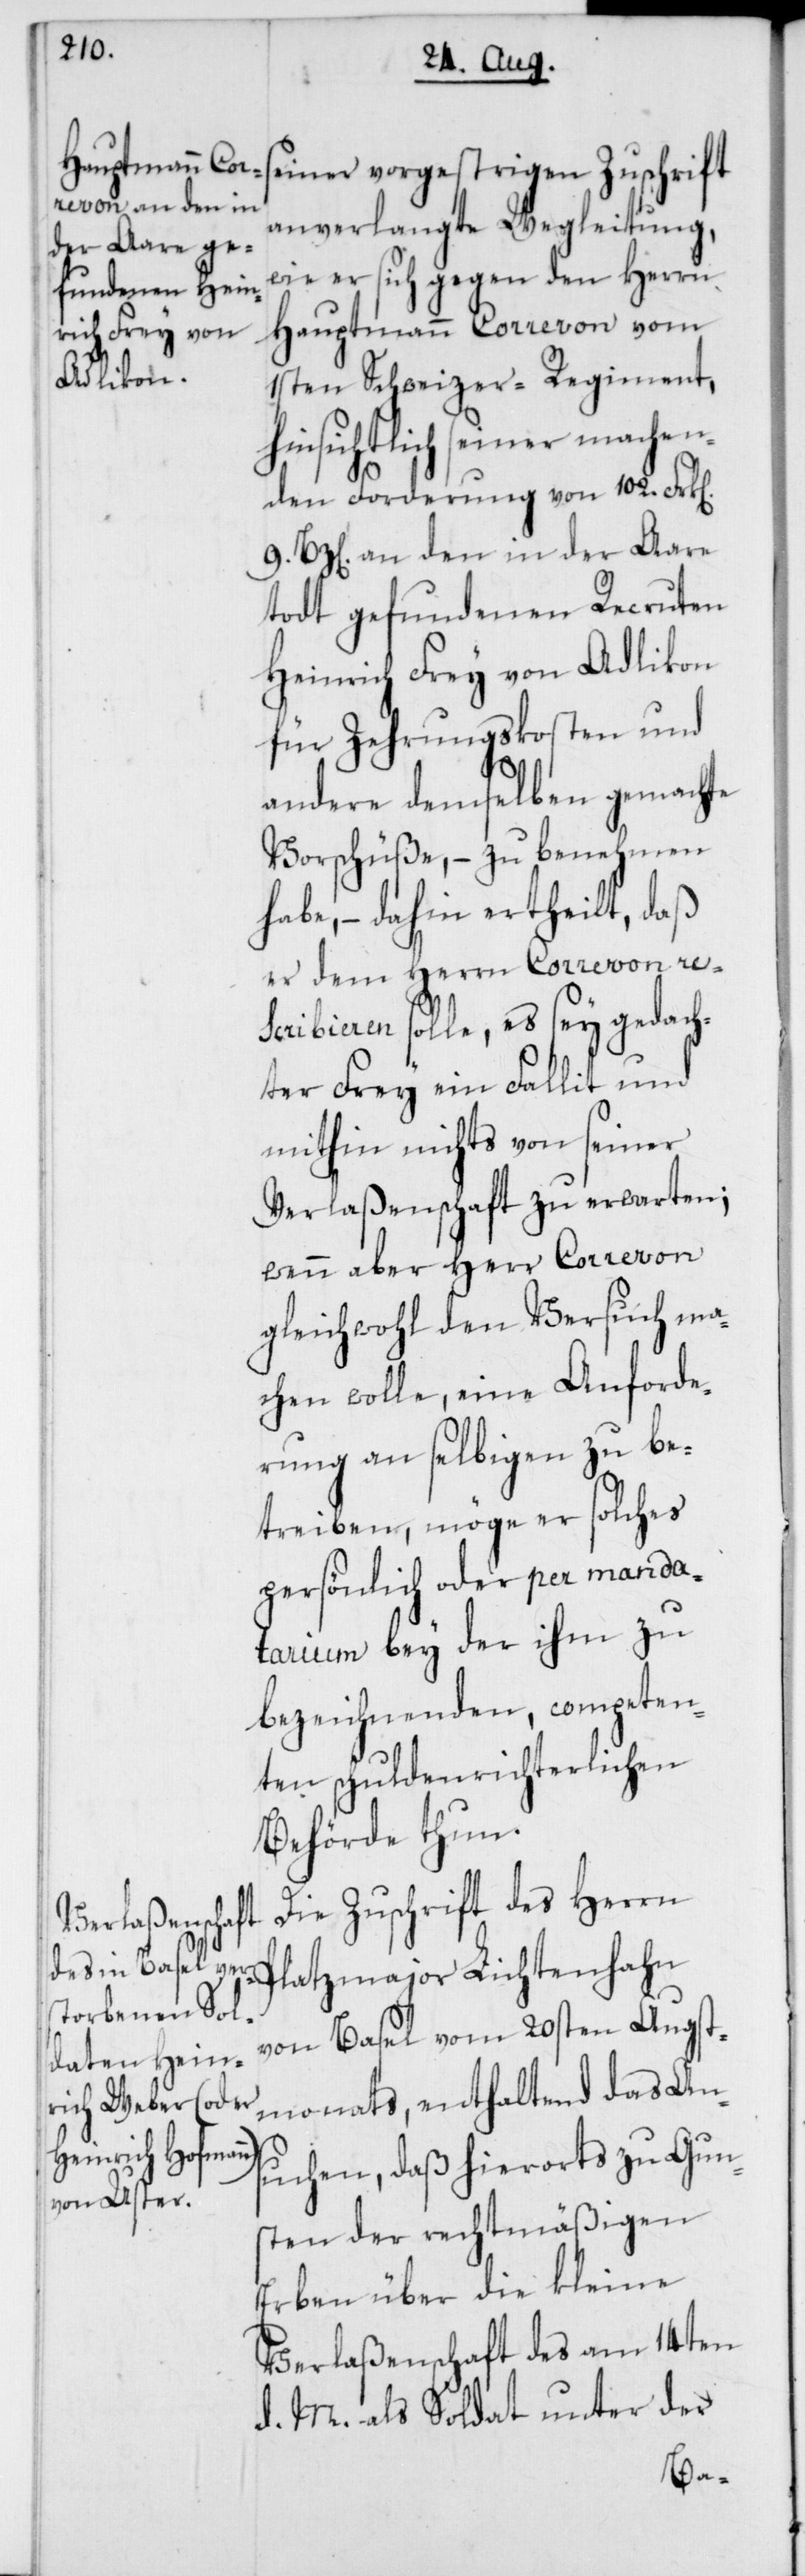
seiner vorgestrigen Zuschrift
anverlangte Wegleitung,
wie er sich gegen den Herrn
Hauptmann Correvon vom
1sten Schweizer-Regiment,
hinsichtlich seiner machen¬
den Forderung von 102. Frk[en].
9 Bz[en]. an den in der Aare
todt gefundenen Recruten
Heinrich Frey von Adlikon
für Zehrungskosten und
andere demselben gemachte
Vorschüße, – zu benehmen
habe, – dahin ertheilt, daß
er dem Herrn Correvon res¬
cribieren solle, es sey gedach¬
ter Frey ein Fallit und
mithin nichts von seiner
Verlaßenschaft zu erwarten;
wenn aber Herr Correvon
gleichwohl den Versuch ma¬
chen wolle, eine Anforde¬
rung an selbigen zu be¬
treiben, möge er solches
persönlich oder per manda¬
tarium bey der ihm zu
bezeichnenden, competen¬
ten schuldenrichterlichen
Behörde thun.
Die Zuschrift des Herrn
Lichtenhahn
von Basel vom 20sten Augst¬
monats, enthalten das An¬
suchen, daß hierorts zu Gun¬
sten der rechtmäßigen
Erben über die kleine
Verlaßenschaft des am 14ten
d. M. als Soldat unter der